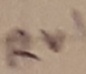
Text: RV1